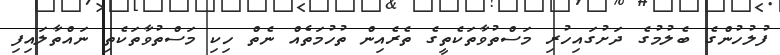
ފުލުހުންގެ ބެލުމުގެ ދަށުގައިހުރި މަސްތުވާތަކެތީގެ ތެރެއިން ތުހުމަތެއް ނެތް ހިކި މަސްތުވާތަކެތި ނައްތާލައިފި